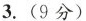
3.(9分)